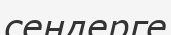
сеңдерге